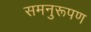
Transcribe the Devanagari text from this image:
समनुरूपण